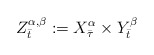
\begin{align*} Z^{\alpha,\beta}_{\bar t} := X^\alpha_{\bar \tau}\times Y^\beta_{\bar t}\end{align*}